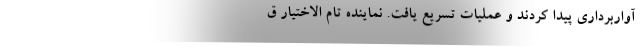
آواربرداری پیدا کردند و عملیات تسریع یافت. نماینده تام الاختیار ق